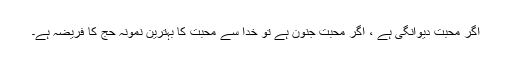
اگر محبت دیوانگی ہے ، اگر محبت جنون ہے تو خدا سے محبت کا بہترین نمونہ حج کا فریضہ ہے۔